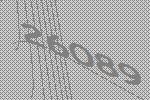
26089